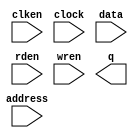
// megafunction wizard: %RAM: 1-PORT%VBB%
// GENERATION: STANDARD
// VERSION: WM1.0
// MODULE: altsyncram 

// ============================================================
// Megafunction Name(s):
// 			altsyncram
//
// Simulation Library Files(s):
// 			altera_mf
// ============================================================
// ************************************************************
// THIS IS A WIZARD-GENERATED FILE. DO NOT EDIT THIS FILE!
//
// 22.1std.0 Build 915 10/25/2022 SC Lite Edition
// ************************************************************

//Copyright (C) 2022  Intel Corporation. All rights reserved.
//Your use of Intel Corporation's design tools, logic functions 
//and other software and tools, and any partner logic 
//functions, and any output files from any of the foregoing 
//(including device programming or simulation files), and any 
//associated documentation or information are expressly subject 
//to the terms and conditions of the Intel Program License 
//Subscription Agreement, the Intel Quartus Prime License Agreement,
//the Intel FPGA IP License Agreement, or other applicable license
//agreement, including, without limitation, that your use is for
//the sole purpose of programming logic devices manufactured by
//Intel and sold by Intel or its authorized distributors.  Please
//refer to the applicable agreement for further details, at
//https://fpgasoftware.intel.com/eula.

module blk_mem_gen_0 (
	address,
	clken,
	clock,
	data,
	rden,
	wren,
	q);

	input	[14:0]  address;
	input	  clken;
	input	  clock;
	input	[15:0]  data;
	input	  rden;
	input	  wren;
	output	[15:0]  q;
`ifndef ALTERA_RESERVED_QIS
// synopsys translate_off
`endif
	tri1	  clken;
	tri1	  clock;
	tri1	  rden;
`ifndef ALTERA_RESERVED_QIS
// synopsys translate_on
`endif

endmodule

// ============================================================
// CNX file retrieval info
// ============================================================
// Retrieval info: PRIVATE: ADDRESSSTALL_A NUMERIC "0"
// Retrieval info: PRIVATE: AclrAddr NUMERIC "0"
// Retrieval info: PRIVATE: AclrByte NUMERIC "0"
// Retrieval info: PRIVATE: AclrData NUMERIC "0"
// Retrieval info: PRIVATE: AclrOutput NUMERIC "0"
// Retrieval info: PRIVATE: BYTE_ENABLE NUMERIC "0"
// Retrieval info: PRIVATE: BYTE_SIZE NUMERIC "8"
// Retrieval info: PRIVATE: BlankMemory NUMERIC "0"
// Retrieval info: PRIVATE: CLOCK_ENABLE_INPUT_A NUMERIC "1"
// Retrieval info: PRIVATE: CLOCK_ENABLE_OUTPUT_A NUMERIC "1"
// Retrieval info: PRIVATE: Clken NUMERIC "1"
// Retrieval info: PRIVATE: DataBusSeparated NUMERIC "1"
// Retrieval info: PRIVATE: IMPLEMENT_IN_LES NUMERIC "0"
// Retrieval info: PRIVATE: INIT_FILE_LAYOUT STRING "PORT_A"
// Retrieval info: PRIVATE: INIT_TO_SIM_X NUMERIC "0"
// Retrieval info: PRIVATE: INTENDED_DEVICE_FAMILY STRING "MAX 10"
// Retrieval info: PRIVATE: JTAG_ENABLED NUMERIC "0"
// Retrieval info: PRIVATE: JTAG_ID STRING "NONE"
// Retrieval info: PRIVATE: MAXIMUM_DEPTH NUMERIC "0"
// Retrieval info: PRIVATE: MIFfilename STRING "./initialization_mem_0/blk_mem_gen_0.mif"
// Retrieval info: PRIVATE: NUMWORDS_A NUMERIC "32768"
// Retrieval info: PRIVATE: RAM_BLOCK_TYPE NUMERIC "0"
// Retrieval info: PRIVATE: READ_DURING_WRITE_MODE_PORT_A NUMERIC "2"
// Retrieval info: PRIVATE: RegAddr NUMERIC "1"
// Retrieval info: PRIVATE: RegData NUMERIC "1"
// Retrieval info: PRIVATE: RegOutput NUMERIC "0"
// Retrieval info: PRIVATE: SYNTH_WRAPPER_GEN_POSTFIX STRING "0"
// Retrieval info: PRIVATE: SingleClock NUMERIC "1"
// Retrieval info: PRIVATE: UseDQRAM NUMERIC "1"
// Retrieval info: PRIVATE: WRCONTROL_ACLR_A NUMERIC "0"
// Retrieval info: PRIVATE: WidthAddr NUMERIC "15"
// Retrieval info: PRIVATE: WidthData NUMERIC "16"
// Retrieval info: PRIVATE: rden NUMERIC "1"
// Retrieval info: LIBRARY: altera_mf altera_mf.altera_mf_components.all
// Retrieval info: CONSTANT: CLOCK_ENABLE_INPUT_A STRING "NORMAL"
// Retrieval info: CONSTANT: CLOCK_ENABLE_OUTPUT_A STRING "BYPASS"
// Retrieval info: CONSTANT: INIT_FILE STRING "./initialization_mem_0/blk_mem_gen_0.mif"
// Retrieval info: CONSTANT: INTENDED_DEVICE_FAMILY STRING "MAX 10"
// Retrieval info: CONSTANT: LPM_HINT STRING "ENABLE_RUNTIME_MOD=NO"
// Retrieval info: CONSTANT: LPM_TYPE STRING "altsyncram"
// Retrieval info: CONSTANT: NUMWORDS_A NUMERIC "32768"
// Retrieval info: CONSTANT: OPERATION_MODE STRING "SINGLE_PORT"
// Retrieval info: CONSTANT: OUTDATA_ACLR_A STRING "NONE"
// Retrieval info: CONSTANT: OUTDATA_REG_A STRING "UNREGISTERED"
// Retrieval info: CONSTANT: POWER_UP_UNINITIALIZED STRING "FALSE"
// Retrieval info: CONSTANT: READ_DURING_WRITE_MODE_PORT_A STRING "DONT_CARE"
// Retrieval info: CONSTANT: WIDTHAD_A NUMERIC "15"
// Retrieval info: CONSTANT: WIDTH_A NUMERIC "16"
// Retrieval info: CONSTANT: WIDTH_BYTEENA_A NUMERIC "1"
// Retrieval info: USED_PORT: address 0 0 15 0 INPUT NODEFVAL "address[14..0]"
// Retrieval info: USED_PORT: clken 0 0 0 0 INPUT VCC "clken"
// Retrieval info: USED_PORT: clock 0 0 0 0 INPUT VCC "clock"
// Retrieval info: USED_PORT: data 0 0 16 0 INPUT NODEFVAL "data[15..0]"
// Retrieval info: USED_PORT: q 0 0 16 0 OUTPUT NODEFVAL "q[15..0]"
// Retrieval info: USED_PORT: rden 0 0 0 0 INPUT VCC "rden"
// Retrieval info: USED_PORT: wren 0 0 0 0 INPUT NODEFVAL "wren"
// Retrieval info: CONNECT: @address_a 0 0 15 0 address 0 0 15 0
// Retrieval info: CONNECT: @clock0 0 0 0 0 clock 0 0 0 0
// Retrieval info: CONNECT: @clocken0 0 0 0 0 clken 0 0 0 0
// Retrieval info: CONNECT: @data_a 0 0 16 0 data 0 0 16 0
// Retrieval info: CONNECT: @rden_a 0 0 0 0 rden 0 0 0 0
// Retrieval info: CONNECT: @wren_a 0 0 0 0 wren 0 0 0 0
// Retrieval info: CONNECT: q 0 0 16 0 @q_a 0 0 16 0
// Retrieval info: GEN_FILE: TYPE_NORMAL blk_mem_gen_0.v TRUE
// Retrieval info: GEN_FILE: TYPE_NORMAL blk_mem_gen_0.inc TRUE
// Retrieval info: GEN_FILE: TYPE_NORMAL blk_mem_gen_0.cmp TRUE
// Retrieval info: GEN_FILE: TYPE_NORMAL blk_mem_gen_0.bsf TRUE
// Retrieval info: GEN_FILE: TYPE_NORMAL blk_mem_gen_0_inst.v TRUE
// Retrieval info: GEN_FILE: TYPE_NORMAL blk_mem_gen_0_bb.v TRUE
// Retrieval info: LIB_FILE: altera_mf